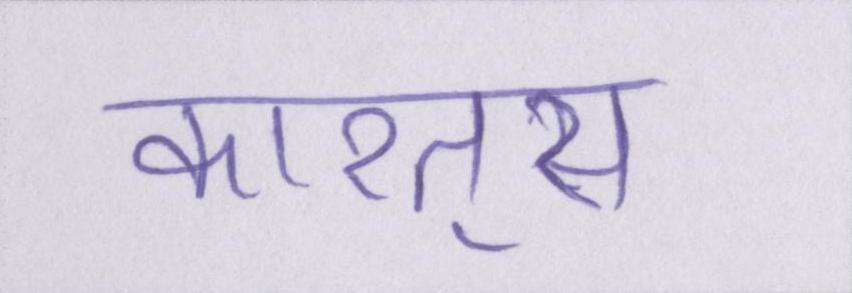
कारतूस